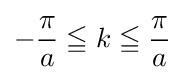
-{\frac {\pi }{a}}\leqq k\leqq {\frac {\pi }{a}}